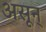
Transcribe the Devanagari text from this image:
असून्